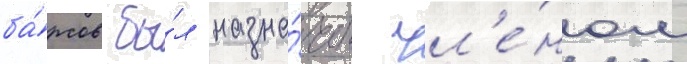
ба́рсов бы́л назна́чен чл'е́ном